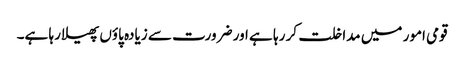
قومی امور میں مداخلت کر رہا ہے اور ضرورت سے زیادہ پاؤں پھیلا رہا ہے۔